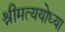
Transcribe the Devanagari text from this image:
श्रीमत्ययोध्या